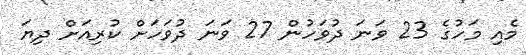
މެއި މަހުގެ 23 ވަނަ ދުވަހުން 27 ވަނަ ދުވަހަށް ކުރިއަށް ދިޔަ